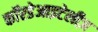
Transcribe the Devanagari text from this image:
कॉरडेआइटेलीज़